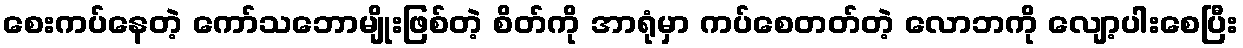
စေးကပ်နေတဲ့ ကော်သဘောမျိုးဖြစ်တဲ့ စိတ်ကို အာရုံမှာ ကပ်စေတတ်တဲ့ လောဘကို လျော့ပါးစေပြီး